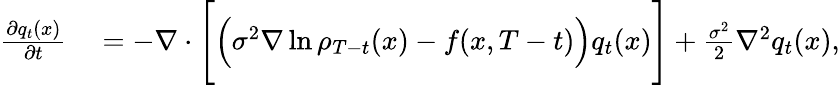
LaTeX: \begin{array}{rl}{\frac{\partial{q}_{t}(x)}{\partial t}}&{{}=-\nabla\cdot\Bigg[\Big(\sigma^{2}\nabla\ln\rho_{T-t}(x)-f(x,T-t)\Big){q}_{t}(x)\Bigg]+\frac{\sigma^{2}}{2}\nabla^{2}{q}_{t}(x),}\end{array}